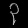
Digit: ၃